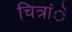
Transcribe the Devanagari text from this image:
चित्रांे